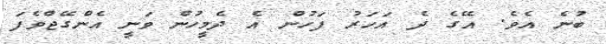
ބުނެ އެވެ. އޭގެ ދެ އަހަރު ފަހުން އެ ދެމީހުން ވަނީ އެންގޭޖްވެފަ